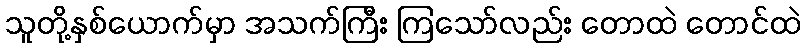
သူတို့နှစ်ယောက်မှာ အသက်ကြီး ကြသော်လည်း တောထဲ တောင်ထဲ